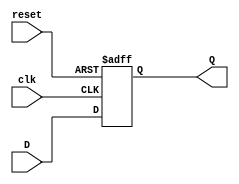
`timescale 1ns / 1ps
//////////////////////////////////////////////////////////////////////////////////
// Company: 
// Engineer: 
// 
// Design Name: 
// Module Name: D_FlipFlop
// Project Name: 
// Target Devices: 
// Tool Versions: 
// Description: 
// 
// Dependencies: 
// 
// Revision:
// Revision 0.01 - File Created
// Additional Comments:
// 
//////////////////////////////////////////////////////////////////////////////////

module D_FlipFlop(input D, input clk, input reset, output reg Q);

always @(posedge clk, posedge reset)
begin
    if (reset)
        Q <= 1'b0;
    else
        Q <= D;
end

endmodule